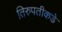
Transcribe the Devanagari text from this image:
तिरुपतीकडे